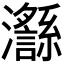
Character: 𪸅